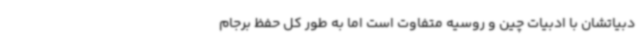
دبیاتشان با ادبیات چین و روسیه متفاوت است اما به طور کل حفظ برجام